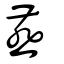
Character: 䴏